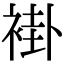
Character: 褂